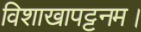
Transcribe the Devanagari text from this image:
विशाखापट्टनम।